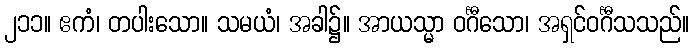
၂၁၁။ ဧကံ၊ တပါးသော။ သမယံ၊ အခါ၌။ အာယသ္မာ ဝင်္ဂီသော၊ အရှင်ဝင်္ဂီသသည်။